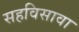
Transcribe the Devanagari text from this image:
सहविसावा